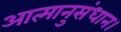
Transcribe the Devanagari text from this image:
आत्मानुसंधान।